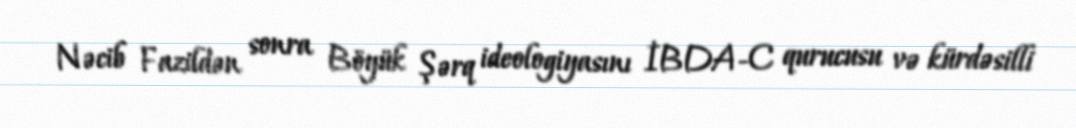
Nəcib Fazildən sonra Böyük Şərq ideologiyasını İBDA-C qurucusu və kürdəsilli